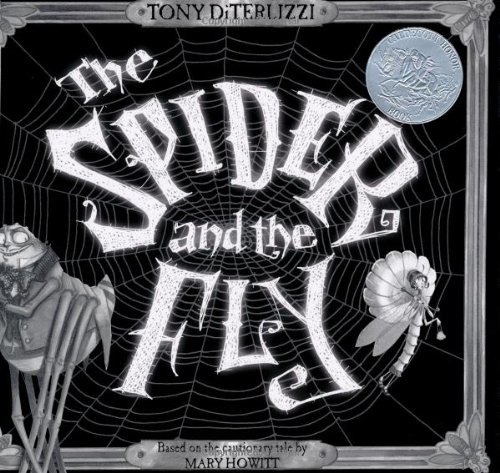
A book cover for The Spider and the Fly; Mary Howitt; Children's Books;